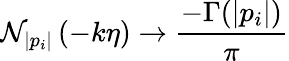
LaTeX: \mathcal{N}_{|p_{i}|}\left(-k\eta\right)\to\frac{{-\Gamma(|p_{i}|)}}{{\pi}}